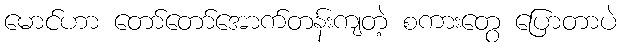
မောင်ဟာ တော်တော်အောက်တန်းကျတဲ့ စကားတွေ ပြောတာပဲ